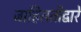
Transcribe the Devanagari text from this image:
जाहिरातीद्वारे